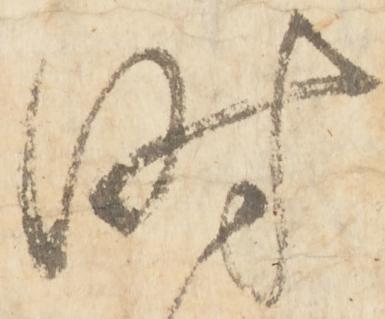
時